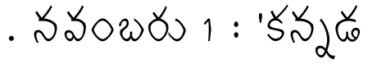
. నవంబరు 1 : 'కన్నడ